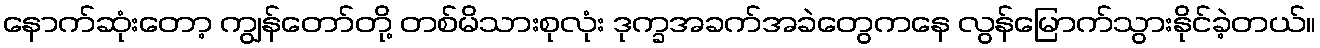
နောက်ဆုံးတော့ ကျွန်တော်တို့ တစ်မိသားစုလုံး ဒုက္ခအခက်အခဲတွေကနေ လွန်မြောက်သွားနိုင်ခဲ့တယ်။